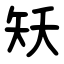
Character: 矨